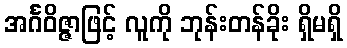
အင်္ဂဝိဇ္ဇာဖြင့် လူကို ဘုန်းတန်ခိုး ရှိမရှိ